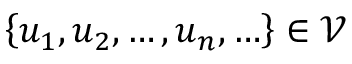
\left\{ u _ { 1 } , u _ { 2 } , \ldots , u _ { n } , \ldots \right\} \in { \mathcal { V } }